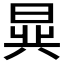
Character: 𬁧